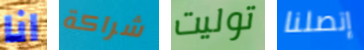
انا شراكة توليت إتصلنا